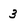
Character: 3